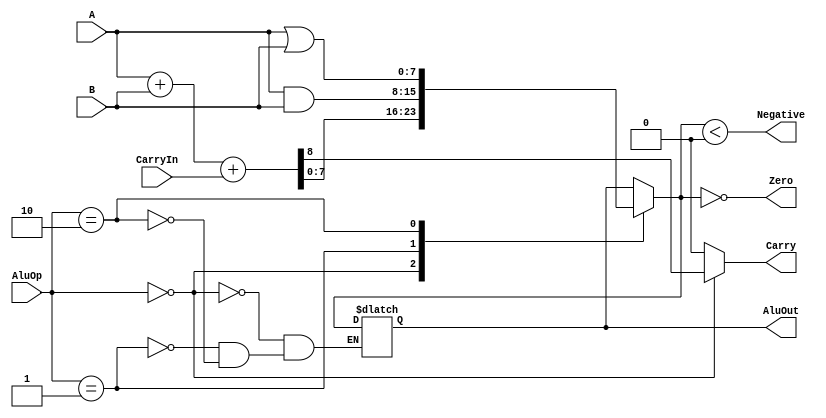
module ALU(input [1:0] AluOp, input [7:0] A, B, input CarryIn, output reg [7:0] AluOut,output reg Zero, Carry, Negative);
  
  always@(A, B, AluOp)
  begin
    Carry = 1'b0;
    case(AluOp)
      2'b00 : begin {Carry, AluOut} = A + B + CarryIn; end
      2'b01 : begin AluOut = A & B; end
      2'b10 : begin AluOut = A | B; end
    endcase
    Zero = (AluOut == 0 );
    Negative = (AluOut < 0 );
  end
endmodule